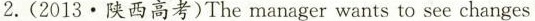
2.(2013\cdot 陕西高考)Themanager wants to see changes